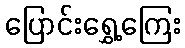
ပြောင်းရွှေ့ကြေး